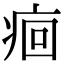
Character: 痐